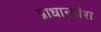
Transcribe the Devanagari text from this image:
प्राधान्यांश